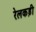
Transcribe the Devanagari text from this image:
रेलकड़ी